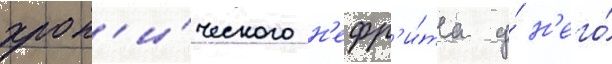
хрон'и́ческого н'ефр'и́та у́ н'его́